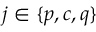
j \in \{ p , c , q \}